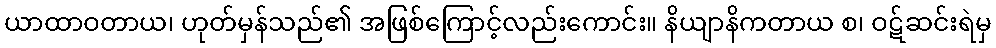
ယာထာဝတာယ၊ ဟုတ်မှန်သည်၏ အဖြစ်ကြောင့်လည်းကောင်း။ နိယျာနိကတာယ စ၊ ဝဋ်ဆင်းရဲမှ